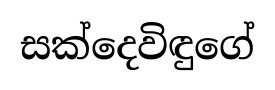
සක්දෙවිඳුගේ